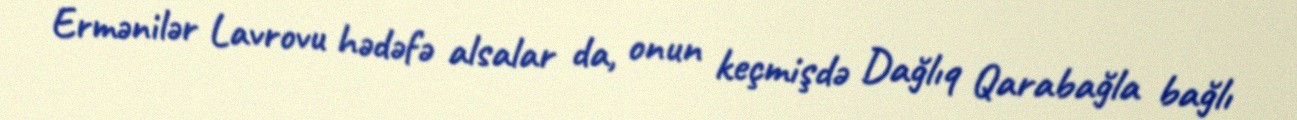
Ermənilər Lavrovu hədəfə alsalar da, onun keçmişdə Dağlıq Qarabağla bağlı